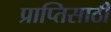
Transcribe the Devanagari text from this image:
प्राप्तिसाठी